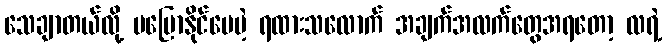
သေချာတယ်လို့ မပြောနိုင်ပေမဲ့ ရထားသလောက် အချက်အလက်တွေအရတော့ လရဲ့